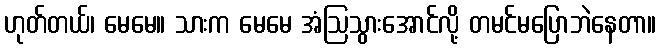
ဟုတ်တယ်၊ မေမေ။ သားက မေမေ အံဩသွားအောင်လို့ တမင်မပြောဘဲနေတာ။